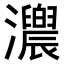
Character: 𤅁